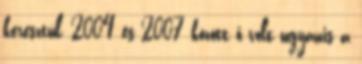
keresztül, 2004 és 2007 között ő volt ugyanis a